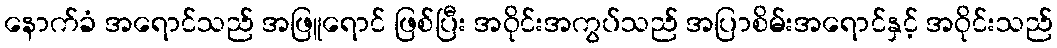
နောက်ခံ အရောင်သည် အဖြူရောင် ဖြစ်ပြီး အဝိုင်းအကွပ်သည် အပြာစိမ်းအရောင်နှင့် အဝိုင်းသည်